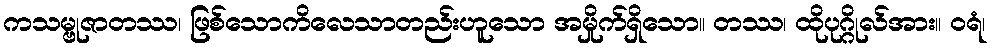
ကသမ္ဗုဇာတဿ၊ ဖြစ်သောကိလေသာတည်းဟူသော အမှိုက်ရှိသော။ တဿ၊ ထိုပုဂ္ဂိုလ်အား။ ဝရံ၊